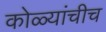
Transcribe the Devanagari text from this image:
कोळ्यांचीच